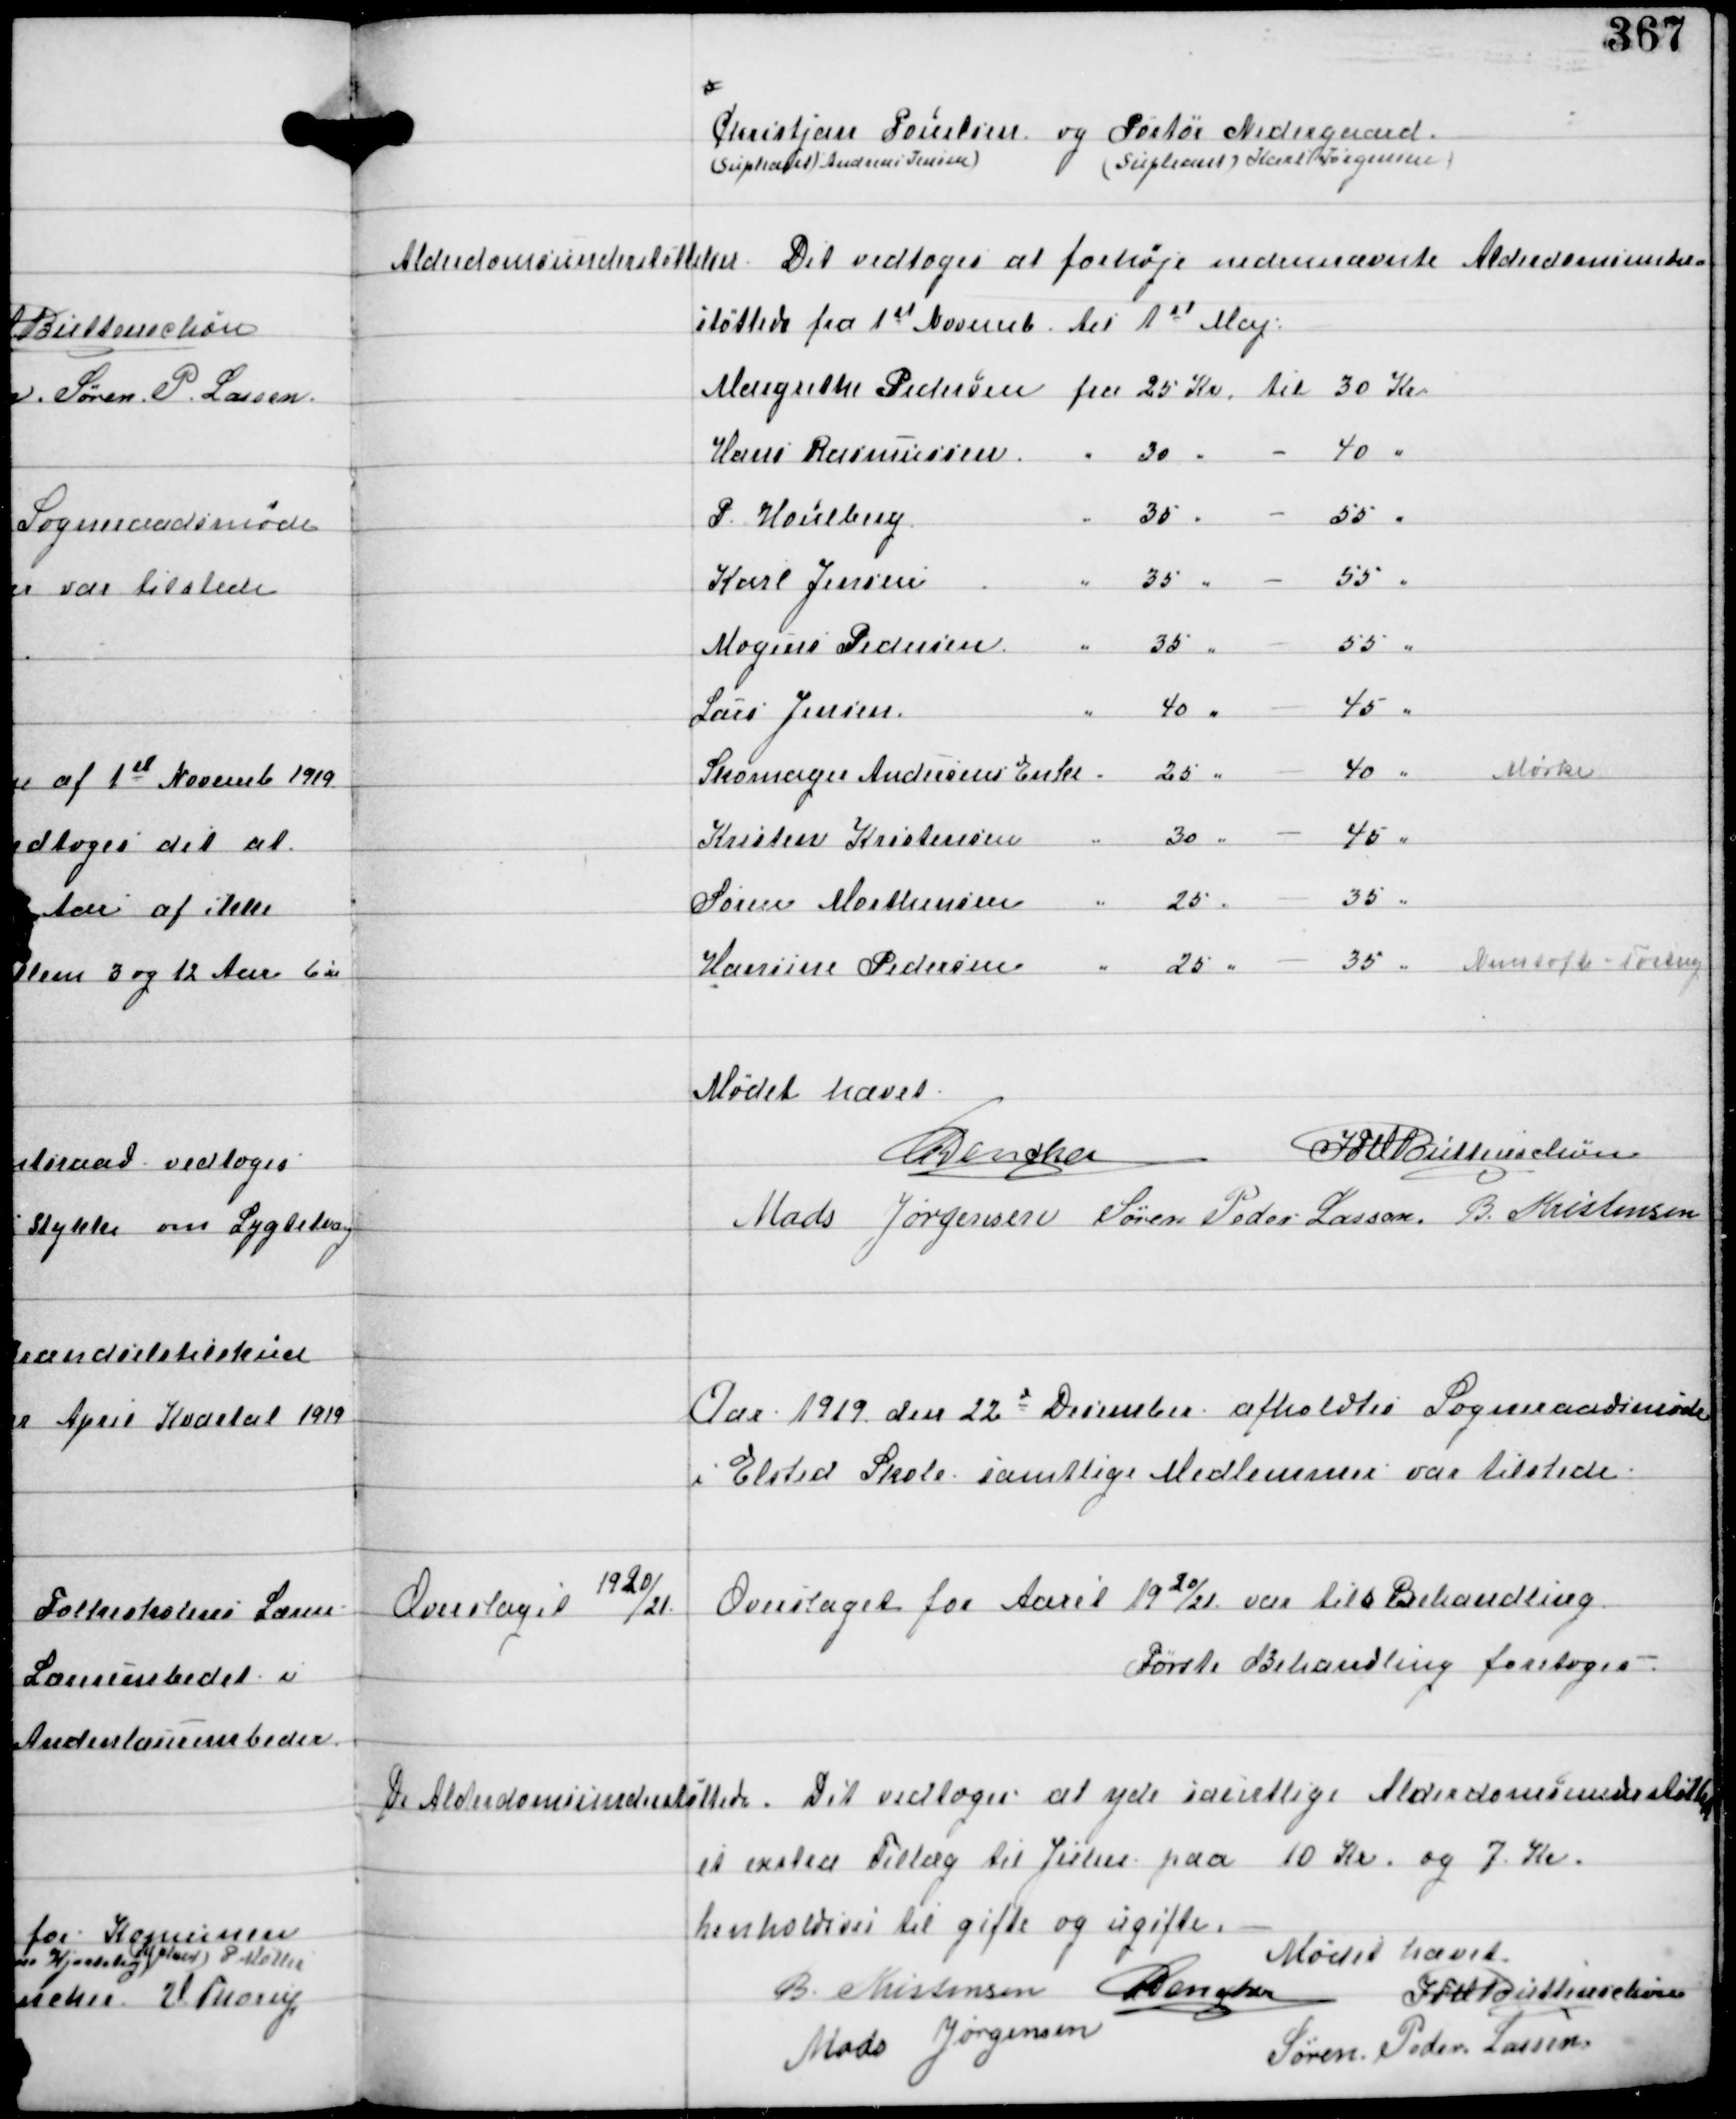
Transskription:
Christian Poulsen
(supleant Andreas Jensen)
og Pastor Nedergaard
(supleant Karl P Jørgensen)

Alderdomsunderstøttelser

Det vedtoges at forhøje nednævnte Alderdomsunder
støttede fra 1st Novemb til 1st Maj:

Mødet hævet
C Dencker
IFV Buttenschøn
Mads Jørgensen Søren Peder Lassen B. Kristensen

Aar 1919 den 22de December afholdtes Sogneraadsmøde
i Elsted Skole samtlige Medlemmer var tilstede.

Overslaget
1920/
21

Overslaget for Aaret 1920/21 var til b Behandling
Første Behandling foretoges.

De Alderdomsunderstøttede

Det vedtoges at yde samtlige Alderdomsunderstøttede
et extra Tillæg til Julen paa 10 Kr og 7 Kr
henholdsvis til gifte og ugifte.

Mødet hævet.
B. Kristensen C dencker
IFV Buttenschøn
Mads Jørgensen
Søren Peder Lassen